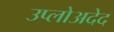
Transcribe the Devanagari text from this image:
उप्लोअदेद